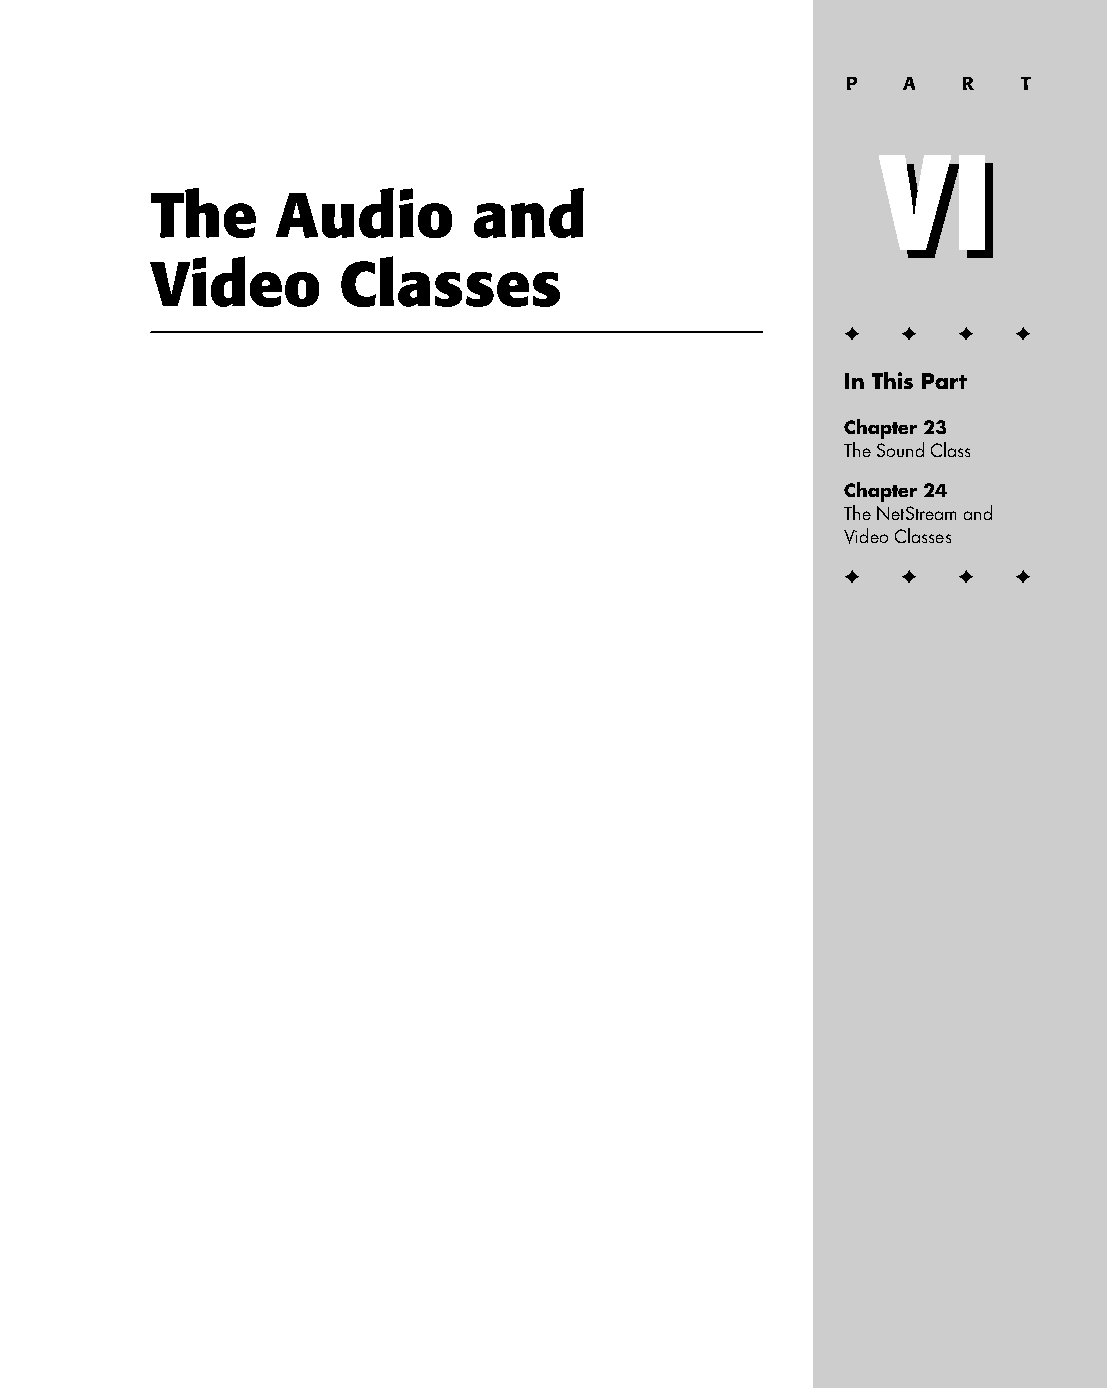
29 543547 PP06.qxd 3/24/04 4:09 PM Page 561
 P   A   R   T
 VI
 VI
 The     Audio        and
 Video       Classes
 ✦  ✦ ✦  ✦
 In This Part
 Chapter 23
 The Sound Class
 Chapter 24
 The NetStream and
 Video Classes
 ✦  ✦ ✦  ✦